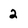
Character: 2